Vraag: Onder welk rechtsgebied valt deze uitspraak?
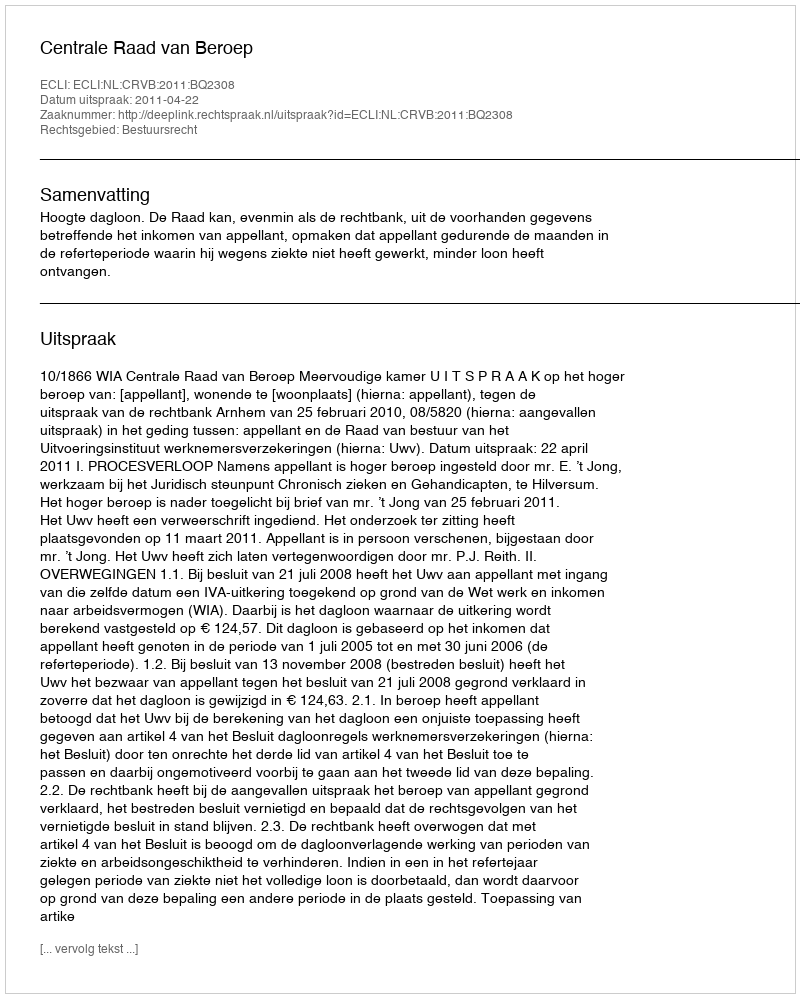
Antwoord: Bestuursrecht